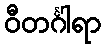
ဝီတင်္ဂါရာ